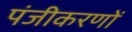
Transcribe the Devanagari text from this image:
पंजीकरणों